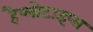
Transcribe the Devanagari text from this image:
हैप्लोटाइप्स